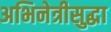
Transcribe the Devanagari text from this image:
अभिनेत्रीसुद्धा